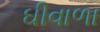
ઘીવાળા